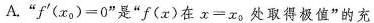
A.”$$f ( x _ { 0 } ) = 0$$”是”f(x)在$$x = x _ { 0 }$$处取得极值”的充